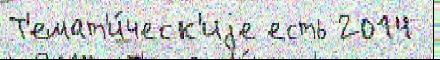
Т'емат'и́ческ'иjе есть 2014